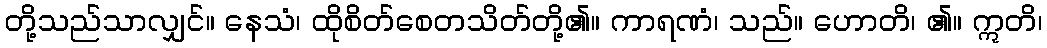
တို့သည်သာလျှင်။ နေသံ၊ ထိုစိတ်စေတသိတ်တို့၏။ ကာရဏံ၊ သည်။ ဟောတိ၊ ၏။ ဣတိ၊